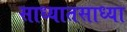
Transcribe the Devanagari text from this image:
साध्यातसाध्या